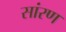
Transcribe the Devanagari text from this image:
सांरण